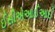
ઈસીએઆઈઆઈ